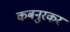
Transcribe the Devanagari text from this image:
कबनुरकर